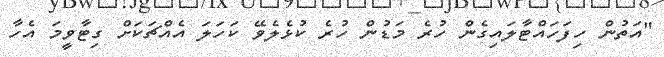
"އަތުން ހިފަހައްޓާލައިގެން ހުރެ މަޑުން ހުރެ ކުޅެލެވޭ ކަހަލަ އެއްޗަކަށް ގިޓާވީމަ އެހާ